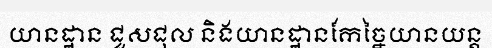
យានដ្ឋាន ជួសជុល និងយានដ្ឋានកែច្នៃយានយន្ត